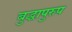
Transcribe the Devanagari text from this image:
बुद्धापुरुप